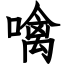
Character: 噙